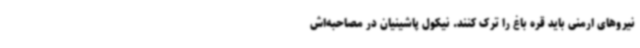
نیروهای ارمنی باید قره باغ را ترک کنند. نیکول پاشینیان در مصاحبه‌اش